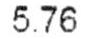
5.76